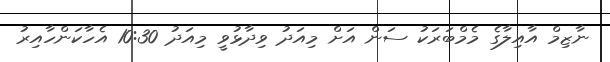
ނާޒިމް އާއިލާގެ މެމްބަރަކު ސަން އަށް މިއަދު ވިދާޅުވީ މިއަދު 10:30 އެހާކަންހާއިރު